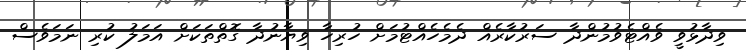
ވިދާޅުވީ ވެއްޓެވުމުންދާ ސަރުކާރެއް ދެމެހެއްޓުމަށް ހުރިހާ ވިޔާނުދާ ގޮތްތަކަށް އަމަލު ކުރި ނަމަވެސް